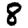
Digit: 8